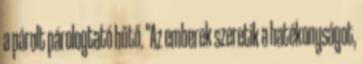
a párolt párologtató hűtő. "Az emberek szeretik a hatékonyságot,